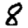
Digit: 8